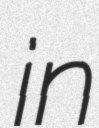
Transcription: in